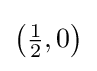
{\bigl (}{\tfrac {1}{2}},0{\bigr )}